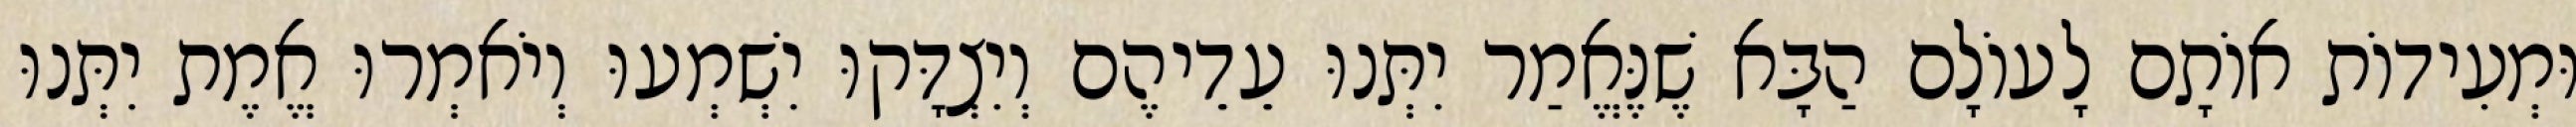
וּמְעִידוֹת אוֹתָם לָעוֹלָם הַבָּא שֶׁנֶּאֱמַר יִתְּנוּ עֵדֵיהֶם וְיִצְדָּקוּ יִשְׁמְעוּ וְיֹאמְרוּ אֱמֶת יִתְּנוּ